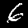
Label: 6